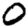
Digit: 0